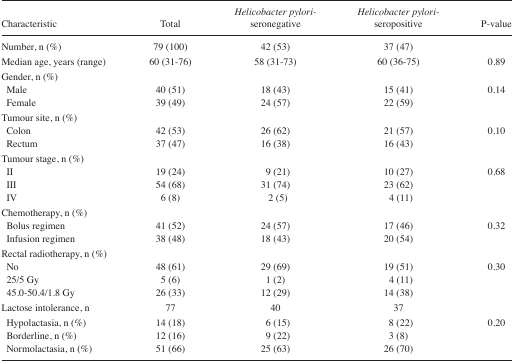
| Characteristic | Total | Helicobacter pylori- seronegative | Helicobacter pylori-seropositive | P-value |
 | --- | --- | --- | --- | --- |
 | Number, n (%) | 79 (100) | 42 (53) | 37 (47) |  |
 | Median age, years (range) | 60 (31–76) | 58 (31–73) | 60 (36–75) | 0.89 |
 | <COLSPAN=5> Gender, n (%) |
 | Male | 40 (51) | 18 (43) | 15 (41) | 0.14 |
 | Female | 39 (49) | 24 (57) | 22 (59) |  |
 | <COLSPAN=5> Tumour site, n (%) |
 | Colon | 42 (53) | 26 (62) | 21 (57) | 0.10 |
 | Rectum | 37 (47) | 16 (38) | 16 (43) |  |
 | <COLSPAN=5> Tumour stage, n (%) |
 | II | 19 (24) | 9 (21) | 10 (27) | 0.68 |
 | III | 54 (68) | 31 (74) | 23 (62) |  |
 | IV | 6 (8) | 2 (5) | 4 (11) |  |
 | <COLSPAN=5> Chemotherapy, n (%) |
 | Bolus regimen | 41 (52) | 24 (57) | 17 (46) | 0.32 |
 | Infusion regimen | 38 (48) | 18 (43) | 20 (54) |  |
 | <COLSPAN=5> Rectal radiotherapy, n (%) |
 | No | 48 (61) | 29 (69) | 19 (51) | 0.30 |
 | 25/5 Gy | 5 (6) | 1 (2) | 4 (11) |  |
 | 45.0–50.4/1.8 Gy | 26 (33) | 12 (29) | 14 (38) |  |
 | Lactose intolerance, n | 77 | 40 | 37 |  |
 | Hypolactasia, n (%) | 14 (18) | 6 (15) | 8 (22) | 0.20 |
 | Borderline, n (%) | 12 (16) | 9 (22) | 3 (8) |  |
 | Normolactasia, n (%) | 51 (66) | 25 (63) | 26 (70) |  |